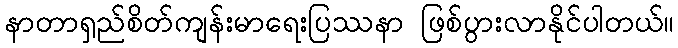
နာတာရှည်စိတ်ကျန်းမာရေးပြဿနာ ဖြစ်ပွားလာနိုင်ပါတယ်။